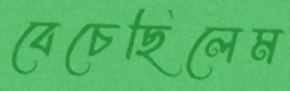
বেচেছিলেম